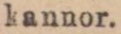
kannor.